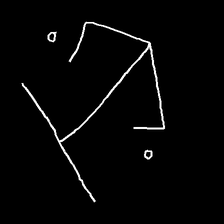
Glyph: earth